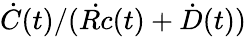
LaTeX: \dot{C}(t)/(\dot{Rc}(t)+\dot{D}(t))